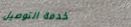
خدمة التوصيل